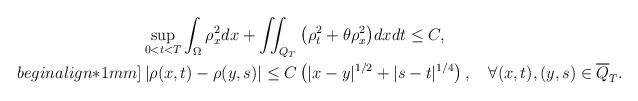
LaTeX: \begin{align*}&\sup\limits_{0<t<T}\int_\Omega\rho_x^2dx+\iint_{Q_T} \big(\rho_t^2+\theta\rho_x^2\big) dxdt\leq C,\\begin{align*}1mm]&\left|\rho(x,t)-\rho(y,s)\right|\leq C\left(|x-y|^{1/2}+|s-t|^{1/4}\right),\quad\forall (x, t), (y, s) \in \overline Q_T.\end{align*}